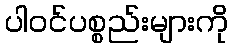
ပါဝင်ပစ္စည်းများကို